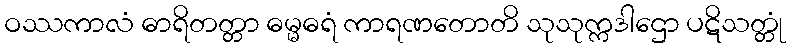
ဝဿကာလံ ဓာရိတတ္တာ ဓမ္မဓရံ ကာရဏတောတိ သုသုက္ကဒါဌော ပဋိသတ္တုံ